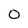
Character: 0